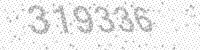
Solution: 319336